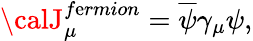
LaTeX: {\calJ}_{\mu}^{f\mathrm{e}rmion}=\overline{{{{\psi}}}}\gamma_{\mu}\psi,